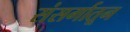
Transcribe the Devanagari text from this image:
संसर्गातून